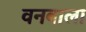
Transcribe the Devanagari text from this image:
वनबाला